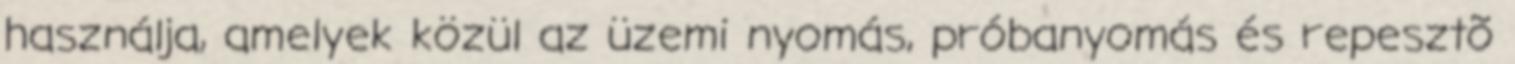
használja, amelyek közül az üzemi nyomás, próbanyomás és repesztõ